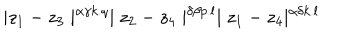
\mid z _ { 1 } - z _ { 3 } \mid ^ { \alpha \gamma k . q } \mid z _ { 2 } - z _ { 4 } \mid ^ { \delta \beta p . l } \mid z _ { 1 } - z _ { 4 } \mid ^ { \alpha \delta k . l }